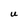
Character: U